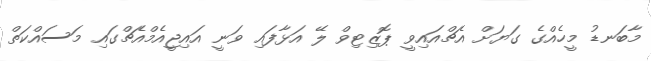
މާބަނޑު މީހެއްގެ ގަޔަށް އެޗްއައިވީ ޕޮޒިޓިވް ލޭ އަޅާފައި ވަނީ އައިޖީއެމްއެޗްގައި މަސައްކަތް